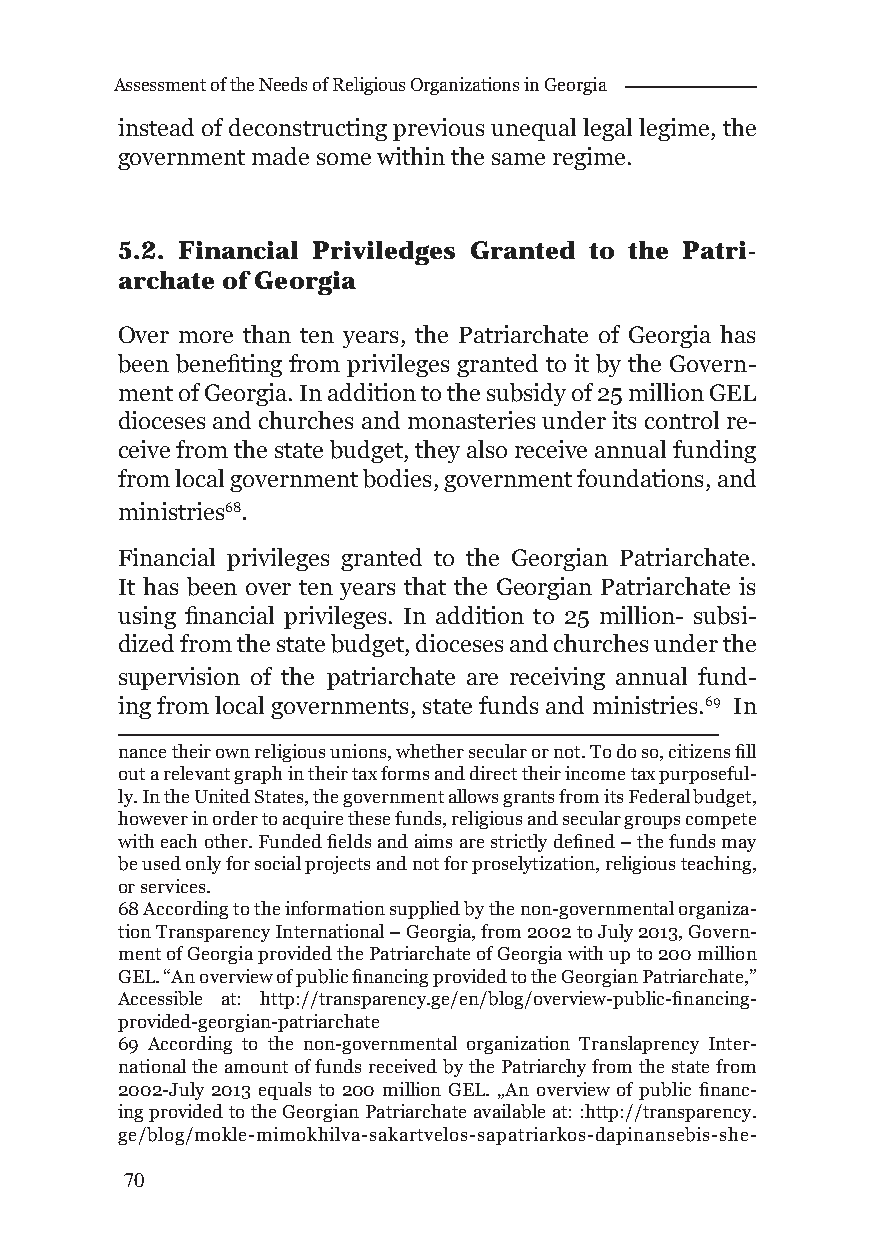
Assessment of the Needs of Religious Organizations in Georgia
 instead of deconstructing previous unequal legal legime, the
 government made some within the same regime.
 5.2. Financial Priviledges Granted to the Patri-
 archate of Georgia
 Over more than ten years, the Patriarchate of Georgia has
 been benefi ting from privileges granted to it by the Govern-
 ment of Georgia. In addition to the subsidy of 25 million GEL
 dioceses and churches and monasteries under its control re-
 ceive from the state budget, they also receive annual funding
 from local government bodies, government foundations, and
 ministries68.
 Financial privileges granted to the Georgian Patriarchate.
 It has been over ten years that the Georgian Patriarchate is
 using fi nancial privileges. In addition to 25 million- subsi-
 dized from the state budget, dioceses and churches under the
 supervision of the patriarchate are receiving annual fund-
 ing from local governments, state funds and ministries.69 In
 nance their own religious unions, whether secular or not. To do so, citizens fi ll
 out a relevant graph in their tax forms and direct their income tax purposeful-
 ly. In the United States, the government allows grants from its Federal budget,
 however in order to acquire these funds, religious and secular groups compete
 with each other. Funded fi elds and aims are strictly defi ned – the funds may
 be used only for social projects and not for proselytization, religious teaching,
 or services.
 68 According to the information supplied by the non-governmental organiza-
 tion Transparency International – Georgia, from 2002 to July 2013, Govern-
 ment of Georgia provided the Patriarchate of Georgia with up to 200 million
 GEL. “An overview of public fi nancing provided to the Georgian Patriarchate,”
 Accessible at: http://transparency.ge/en/blog/overview-public-fi nancing-
 provided-georgian-patriarchate
 69 According to the non-governmental organization Translaprency Inter-
 national the amount of funds received by the Patriarchy from the state from
 2002-July 2013 equals to 200 million GEL. „An overview of public fi nanc-
 ing provided to the Georgian Patriarchate available at: :http://transparency.
 ge/blog/mokle-mimokhilva-sakartvelos-sapatriarkos-dapinansebis-she-
 70